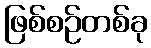
ဖြစ်စဉ်တစ်ခု